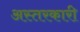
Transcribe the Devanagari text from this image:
अस्तरकारी